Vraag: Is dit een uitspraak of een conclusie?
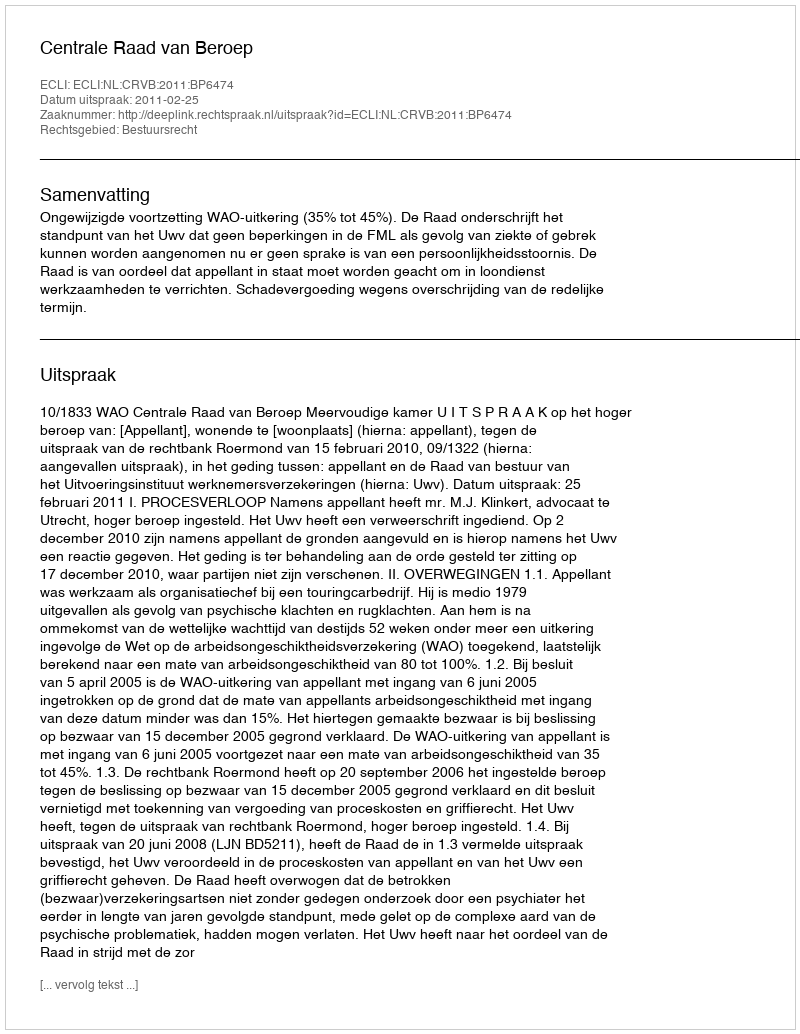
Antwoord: Uitspraak